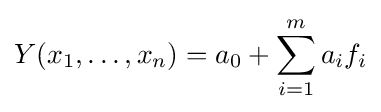
Y(x_{1},\dots ,x_{n})=a_{0}+\sum \limits _{i=1}^{m}a_{i}f_{i}